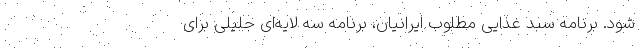
شود. برنامه سبد غذایی مطلوب‌ ایرانیان، برنامه سه لایه‌ای جلیلی برای